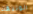
الوثيقة